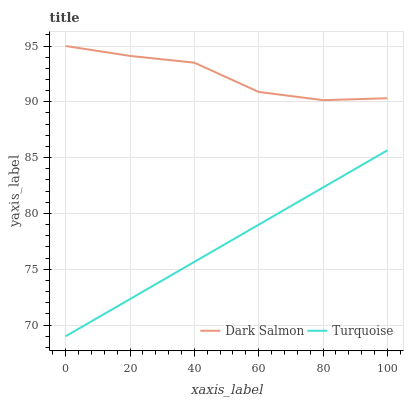
| xaxis_label | Dark Salmon | Turquoise |
 | --- | --- | --- |
 | 0 | 95 | 69 |
 | 20 | 94.1 | 72.3 |
 | 40 | 93.5 | 75.7 |
 | 60 | 90.9 | 79 |
 | 80 | 90.1 | 82.3 |
 | 100 | 90.3 | 85.7 |